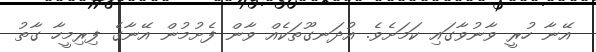
އޭނާ ހުރީ ވާނުވާގައި ކަމަށެވެ. އުދަނގޫތަކެއް ވާން ފެށުމުން އޭނާގެ ފިރިމީހާ ގާތު